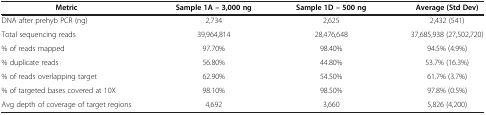
<table><thead><tr><td><b>Metric</b></td><td><b>Sample 1A – 3,000 ng</b></td><td><b>Sample 1D – 500 ng</b></td><td><b>Average (Std Dev)</b></td></tr></thead><tbody><tr><td>DNA after prehyb PCR (ng)</td><td>2,734</td><td>2,625</td><td>2,432 (541)</td></tr><tr><td>Total sequencing reads</td><td>39,964,814</td><td>28,476,648</td><td>37,685,938 (27,502,720)</td></tr><tr><td>% of reads mapped</td><td>97.70%</td><td>98.40%</td><td>94.5% (4.9%)</td></tr><tr><td>% duplicate reads</td><td>56.80%</td><td>44.80%</td><td>53.7% (16.3%)</td></tr><tr><td>% of reads overlapping target</td><td>62.90%</td><td>54.50%</td><td>61.7% (3.7%)</td></tr><tr><td>% of targeted bases covered at 10X</td><td>98.10%</td><td>98.50%</td><td>97.8% (0.5%)</td></tr><tr><td>Avg depth of coverage of target regions</td><td>4,692</td><td>3,660</td><td>5,826 (4,200)</td></tr></tbody></table>